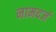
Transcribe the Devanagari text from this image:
नामदर्ज